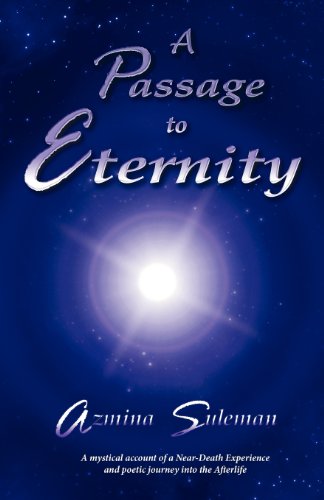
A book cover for A Passage to Eternity: A Mystical Account of a Near-Death Experience and Poetic Journey Into the Afterlife; Azmina Suleman; Religion & Spirituality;